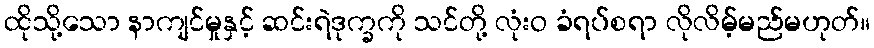
ထိုသို့သော နာကျင်မှုနှင့် ဆင်းရဲဒုက္ခကို သင်တို့ လုံးဝ ခံရပ်စရာ လိုလိမ့်မည်မဟုတ်။